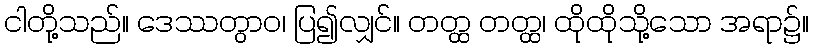
ငါတို့သည်။ ဒေဿတွာဝ၊ ပြ၍လျှင်။ တတ္ထ တတ္ထ၊ ထိုထိုသို့သော အရာ၌။